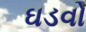
ઘડવો